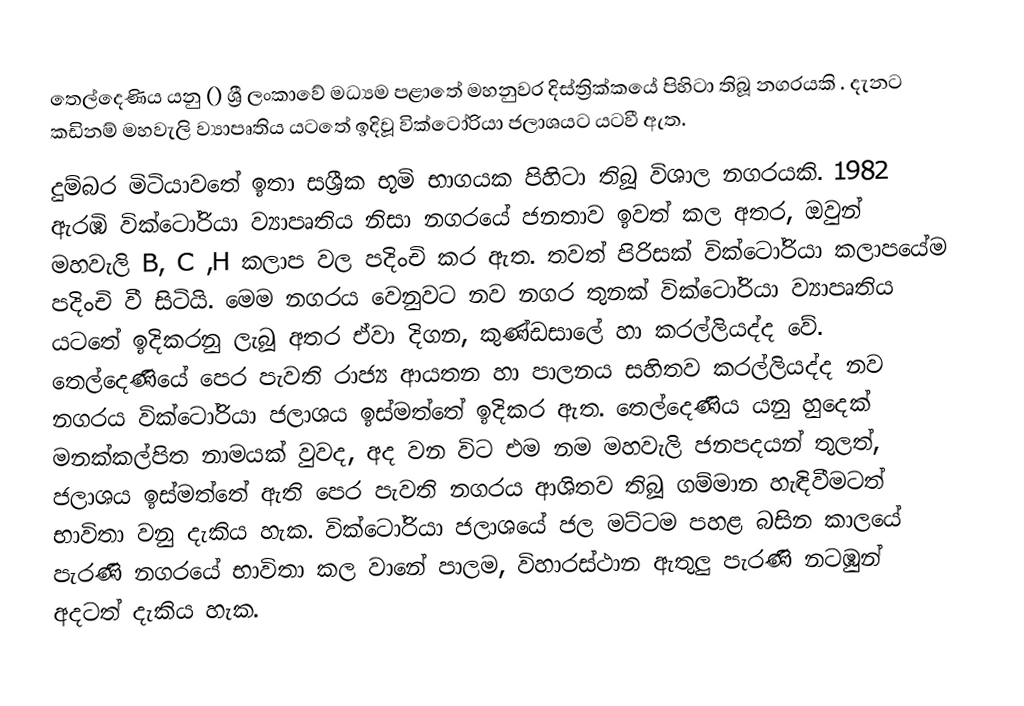
තෙල්දෙණිය යනු ()  ශ්‍රී ලංකාවේ මධ්‍යම පළාතේ  මහනුවර දිස්ත්‍රික්කයේ පිහිටා තිබූ නගරයකි . දැනට කඩිනම් මහවැලි ව්‍යාපෘතිය යටතේ ඉදිවූ වික්ටෝරියා ජලාශයට යටවී ඇත.
දුම්බර මිටියාවතේ ඉතා සශ්‍රීක භූමි භාගයක පිහිටා තිබූ විශාල නගරයකි. 1982 ඇරඹි වික්ටෝරියා ව්‍යාපෘතිය නිසා නගරයේ ජනතාව ඉවත් කල අතර, ඔවුන් මහවැලි B, C ,H කලාප වල පදිංචි කර ඇත. තවත් පිරිසක් වික්ටෝරියා කලාපයේම පදිංචි වී සිටියි. මෙම නගරය වෙනුවට නව නගර තුනක් වික්ටෝරියා ව්‍යාපෘතිය යටතේ ඉදිකරනු ලැබූ අතර ඒවා දිගන, කුණ්ඩසාලේ හා කරල්ලියද්ද වේ. තෙල්දෙණියේ පෙර පැවති රාජ්‍ය ආයතන හා පාලනය සහිතව කරල්ලියද්ද නව නගරය වික්ටෝරියා ජලාශය ඉස්මත්තේ ඉදිකර ඇත. තෙල්දෙණිය යනු හුදෙක් මනක්කල්පිත නාමයක් වුවද, අද වන විට එම නම මහවැලි ජනපදයන් තුලත්, ජලාශය ඉස්මත්තේ ඇති පෙර පැවති නගරය ආශිතව තිබූ ගම්මාන හැඳිවීමටත් භාවිතා වනු දැකිය හැක. වික්ටෝරියා ජලාශයේ ජල මට්ටම පහළ බසින කාලයේ පැරණි නගරයේ භාවිතා කල වානේ පාලම, විහාරස්ථාන ඇතුලු පැරණි නටඹුන් අදටත් දැකිය හැක.